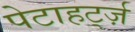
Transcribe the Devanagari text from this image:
पेटाहर्ट्ज़